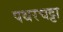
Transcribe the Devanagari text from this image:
पथरचट्टा